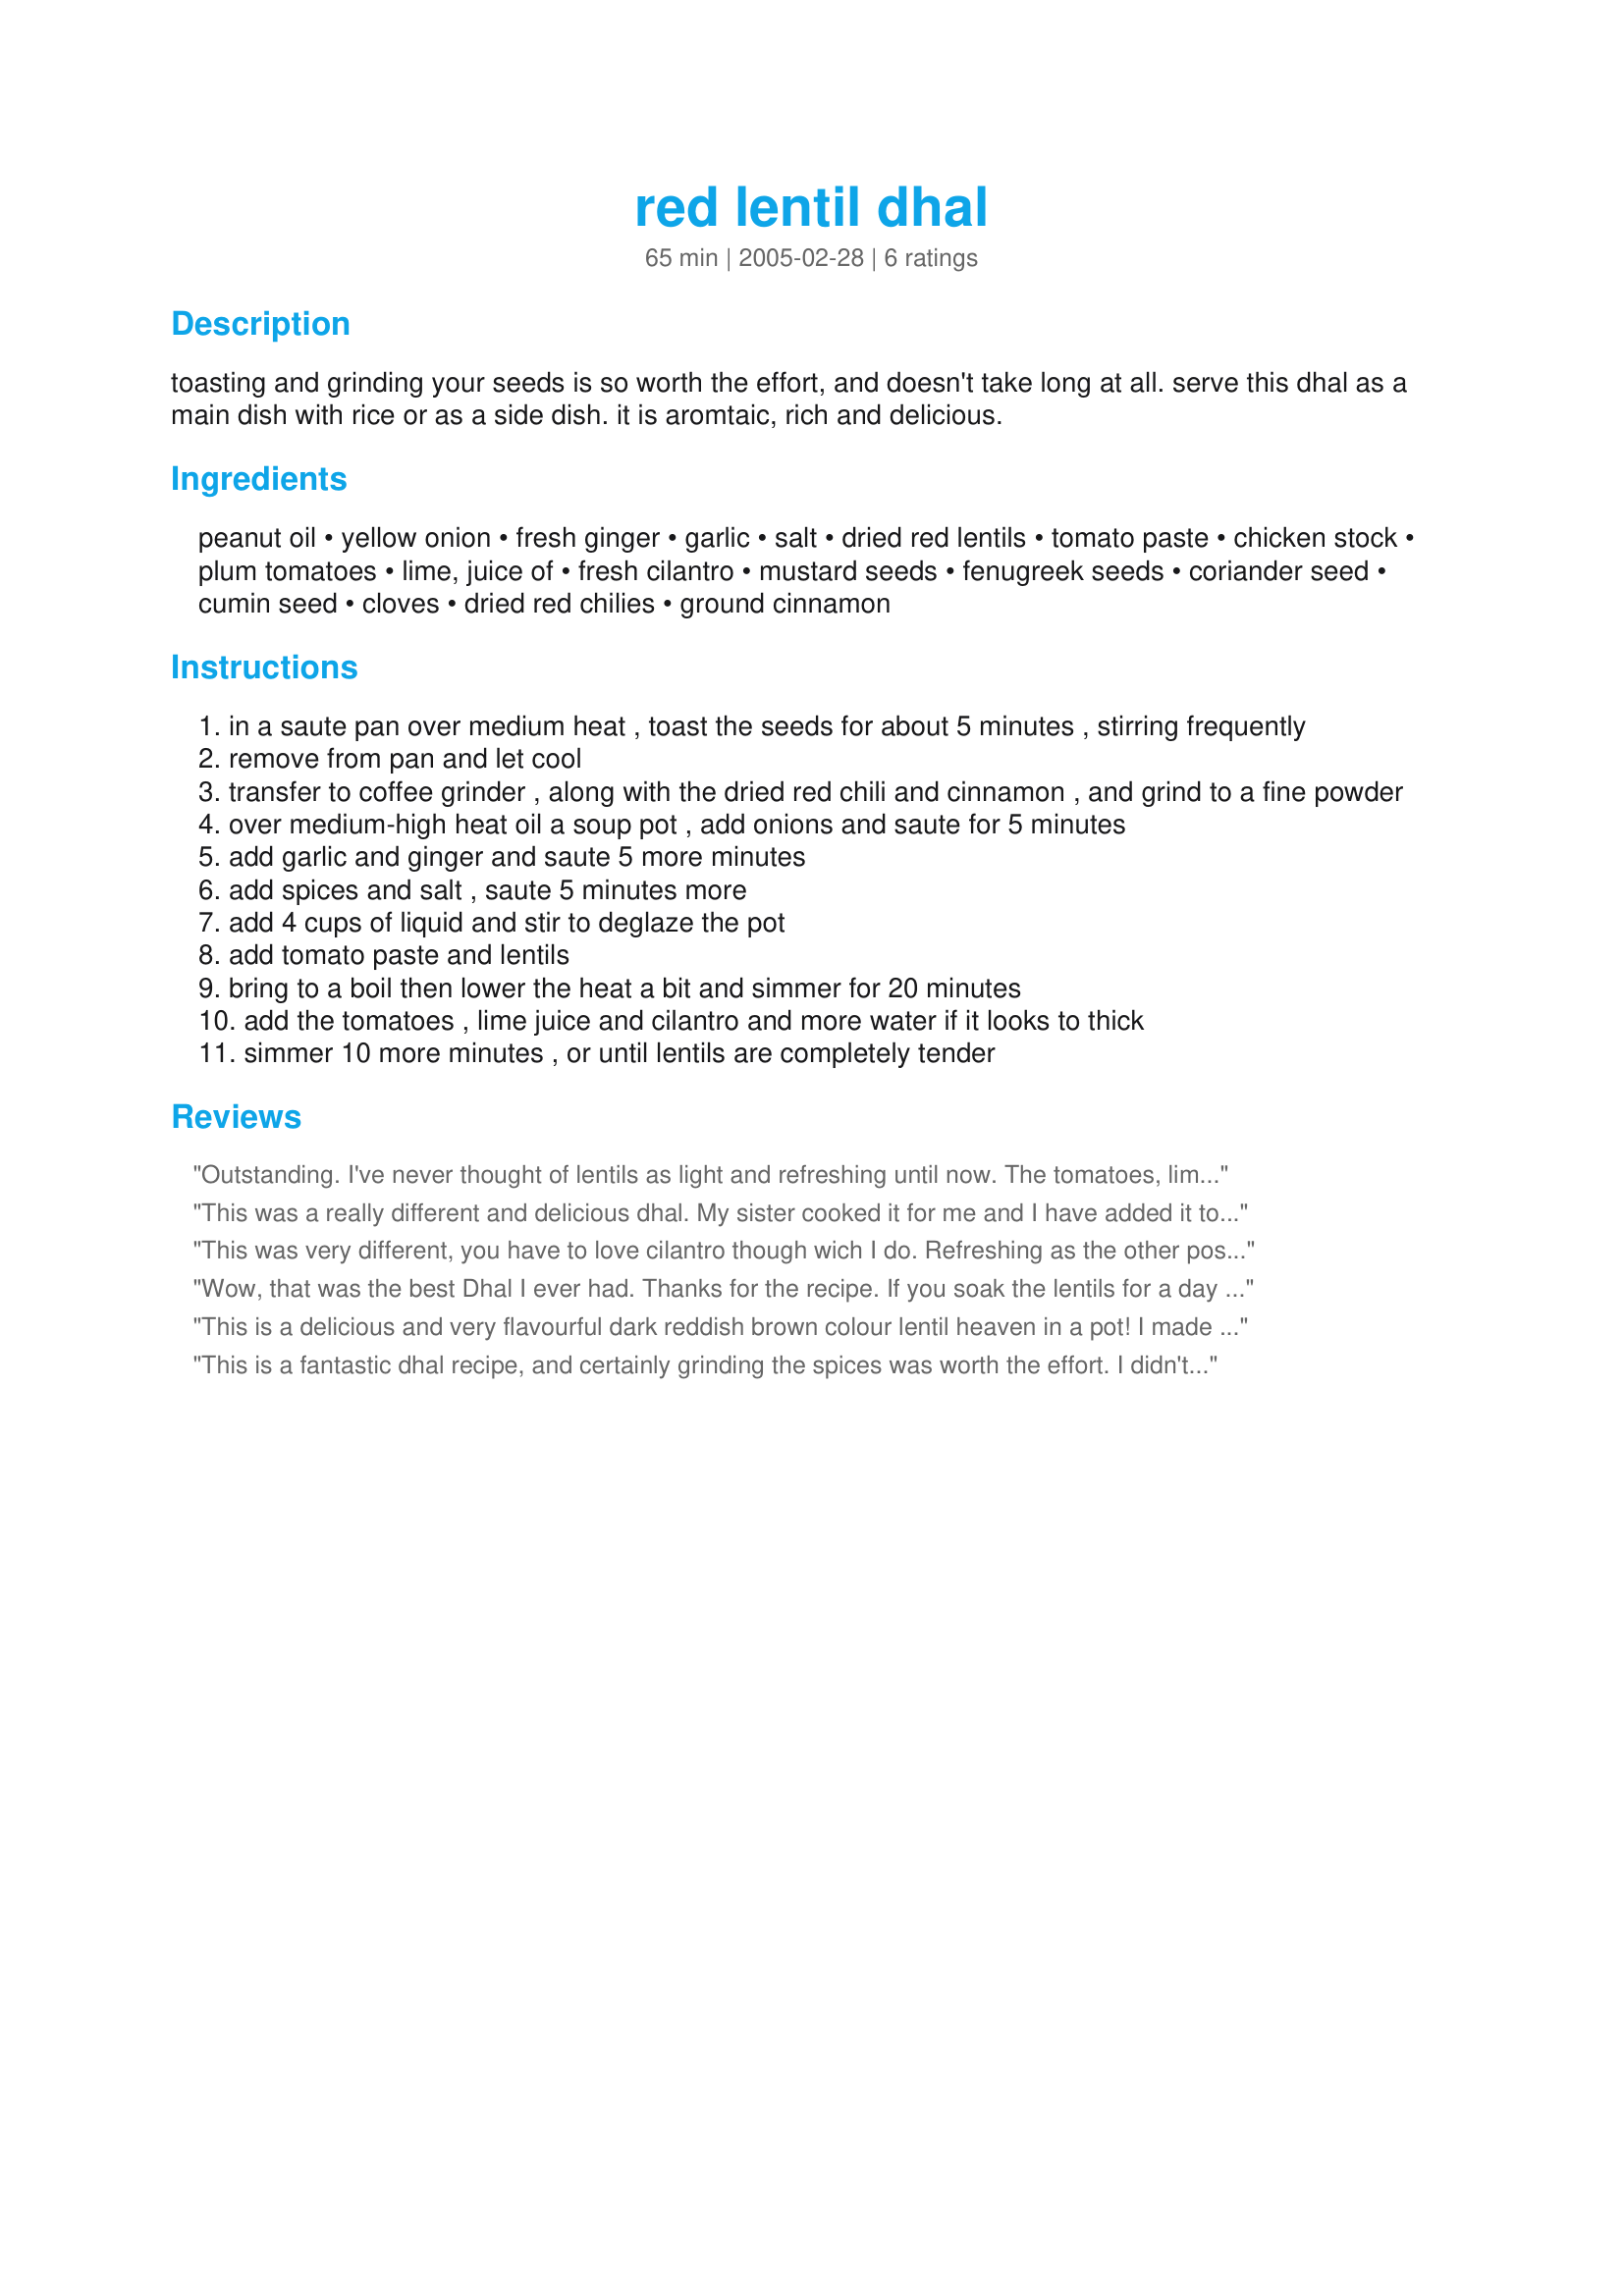
red lentil dhal
Preparation time: 65 minutes

toasting and grinding your seeds is so worth the effort, and doesn't take long at all. serve this dhal as a main dish with rice or as a side dish. it is aromtaic, rich and delicious.

Ingredients:
peanut oil, yellow onion, fresh ginger, garlic, salt, dried red lentils, tomato paste, chicken stock, plum tomatoes, lime, juice of, fresh cilantro, mustard seeds, fenugreek seeds, coriander seed, cumin seed, cloves, dried red chilies, ground cinnamon

Steps:
in a saute pan over medium heat , toast the seeds for about 5 minutes , stirring frequently
remove from pan and let cool
transfer to coffee grinder , along with the dried red chili and cinnamon , and grind to a fine powder
over medium-high heat oil a soup pot , add onions and saute for 5 minutes
add garlic and ginger and saute 5 more minutes
add spices and salt , saute 5 minutes more
add 4 cups of liquid and stir to deglaze the pot
add tomato paste and lentils
bring to a boil then lower the heat a bit and simmer for 20 minutes
add the tomatoes , lime juice and cilantro and more water if it looks to thick
simmer 10 more minutes , or until lentils are completely tender

Reviews:
Outstanding. I've never thought of lentils as light and refreshing until now. The tomatoes, lime and cilantro perk this dish up and the spices give great flavor.
This was a really different and delicious dhal. My sister cooked it for me and I have added it to my own cookbook now for future reference. 
It is a bit lighter and tastier than other dhals I have made and the tomatoes really make a meal of it in itself, rather than as a side dish.
Excellent, thanks.
This was very different, you have to love cilantro though wich I do. Refreshing as the other poster said. Very satisfying taste combonation.
Wow, that was the best Dhal I ever had. Thanks for the recipe. If you soak the lentils for a day the cooking time is just half as in the recipe. Doing this you need only 1 cup of water. I agree with Charishma 1/2 lemon is better.
This is a delicious and very flavourful dark reddish brown colour lentil heaven in a pot! I made this for lunch this afternoon for myself and a few friends. It is just delish! I did not have on hand was the peanut oil, so I used just 1 tbsp. of Sunflower cooking oil as a substitute. I also substituted the yellow onion with a regular purple one. It is hard to get plum tomatoes here, so I used the regular ones{3 medium sized ones}. The spice blend is EXCELLENT and really perked up the flavours in this recipe. The next time I make this, I will use just 1/2 lemon, juice of instead of 1 whole because that became a little over-powering for my taste. This went very well with white rice{spiced with cardamoms and cloves - a recipe I learnt from a chef and posted y'day}. This one is a keeper and a really nice flavourful dal. I also served this with a beautiful salad{recipe # 112252} and it was a tongue-blowing delight! Thank you for posting!
This is a fantastic dhal recipe, and certainly grinding the spices was worth the effort. I didn't have any fenugreek, nor did I have any dried chillies (I used chilli flakes instead), but it worked just fine.

I made half the amount, and added some steamed vegies for a delicious and filling meal for two, with some left over for my lunch the next day â€“ it was still delicious!
